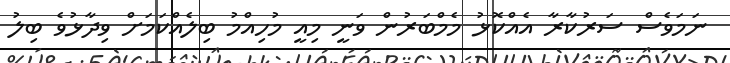
ނަމަވެސް ސަރުކާރާ އެއްކޮޅު މެމްބަރުން ވަނީ މިއީ މުހިއްމު ބިލެއްކަމަށް ވިދާޅުވެ ބިލު